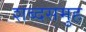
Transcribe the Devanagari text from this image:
शब्दसमुह